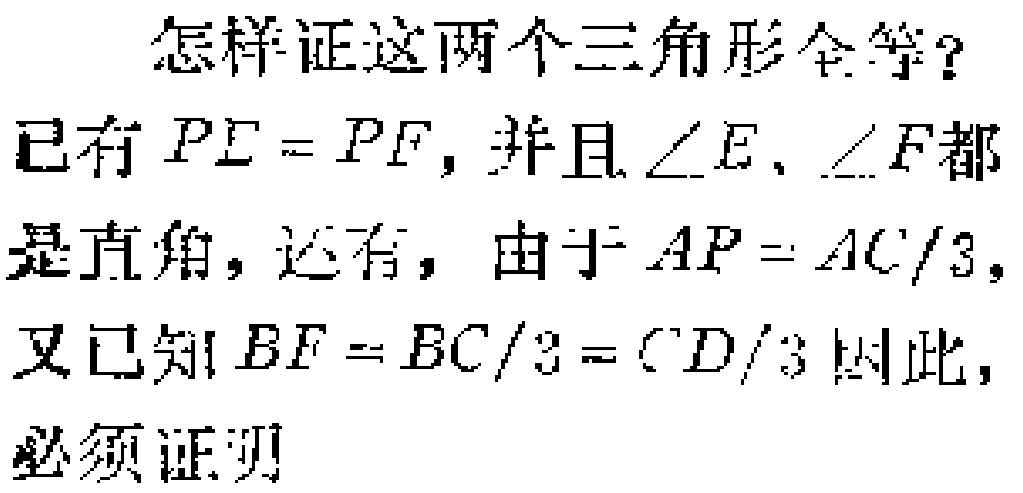
怎样证这两个三角形全等？

已有 \(PE = PF\)，并且\(\angle E\)、\(\angle F\)都

是直角，还有，由于 \(AP = AC/3\)，

又已知 \(BF = BC/3 = CD/3\) 因此，

必须证明